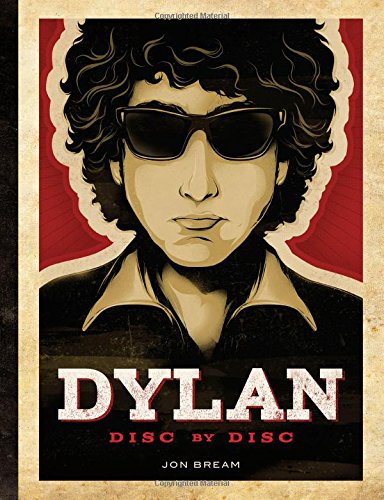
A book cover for Dylan: Disc by Disc; Jon Bream; Humor & Entertainment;